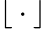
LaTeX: \lfloor{}\cdot{}\rfloor